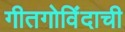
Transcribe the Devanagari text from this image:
गीतगोविंदाची